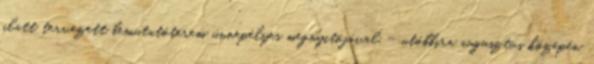
alatt tervezett bemutatóterem ünnepélyes megnyitójával – utóbbira augusztus közepén